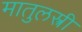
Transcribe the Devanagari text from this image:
मातुलस्त्री